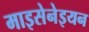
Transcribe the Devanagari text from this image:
माइसेनेइयन